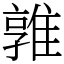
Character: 𨿡